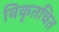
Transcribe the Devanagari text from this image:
विकृतचित